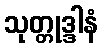
သုတ္တုဒ္ဒါနံ